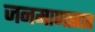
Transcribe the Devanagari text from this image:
जनमाणसात